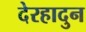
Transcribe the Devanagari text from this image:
देरहादुन